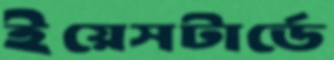
ইয়েসটার্ডে